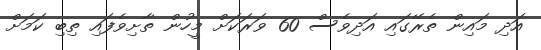
އަދި މައިން ތެރޭގައި އަދިވެސް 60 ވަރަކަށް މީހުން ތާށިވެފައި ތިބި ކަމަށް